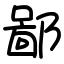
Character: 鄙